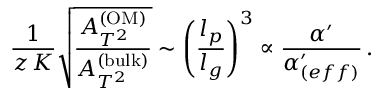
{ \frac { 1 } { z \, K } } \sqrt { \frac { A _ { T ^ { 2 } } ^ { \mathrm { ( O M ) } } } { A _ { T ^ { 2 } } ^ { \mathrm { ( b u l k ) } } } } \sim \left( { \frac { l _ { p } } { l _ { g } } } \right) ^ { 3 } \propto { \frac { \alpha ^ { \prime } } { \alpha _ { ( e f f ) } ^ { \prime } } } \, .